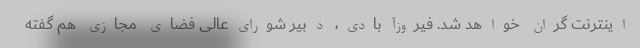
اینترنت گران خواهد شد. فیروزآبادی، دبیر شورای‌عالی فضای مجازی هم گفته